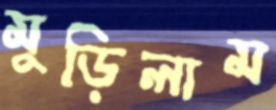
মুড়িলাম